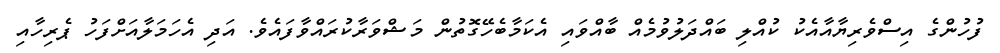
ފުހުންގެ އިސްވެރިޔާއާއެކު ކުއްލި ބައްދަލުވުމެއް ބާއްވައި އެކަމާބެހޭގޮތުން މަޝްވަރާކުރައްވާފައެވެ. އަދި އެހަމަލާއަށްފަހު ޕެރިހާއި